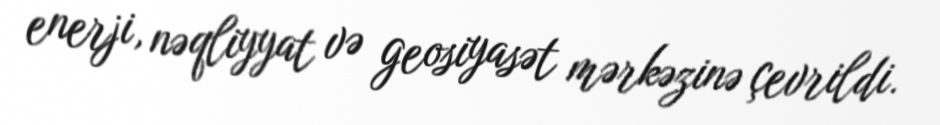
enerji, nəqliyyat və geosiyasət mərkəzinə çevrildi.